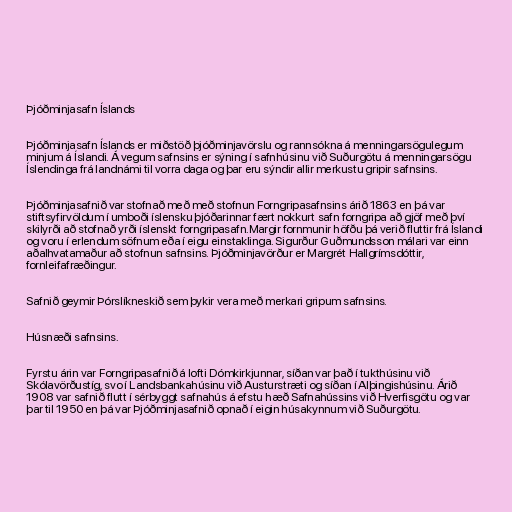
Þjóðminjasafn Íslands

Þjóðminjasafn Íslands er miðstöð þjóðminjavörslu og rannsókna á menningarsögulegum
minjum á Íslandi. Á vegum safnsins er sýning í safnhúsinu við Suðurgötu á menningarsögu
Íslendinga frá landnámi til vorra daga og þar eru sýndir allir merkustu gripir safnsins.

Þjóðminjasafnið var stofnað með með stofnun Forngripasafnsins árið 1863 en þá var
stiftsyfirvöldum í umboði íslensku þjóðarinnar fært nokkurt safn forngripa að gjöf með því
skilyrði að stofnað yrði íslenskt forngripasafn.Margir fornmunir höfðu þá verið fluttir frá Íslandi
og voru í erlendum söfnum eða í eigu einstaklinga. Sigurður Guðmundsson málari var einn
aðalhvatamaður að stofnun safnsins. Þjóðminjavörður er Margrét Hallgrímsdóttir,
fornleifafræðingur.

Safnið geymir Þórslíkneskið sem þykir vera með merkari gripum safnsins.

Húsnæði safnsins.

Fyrstu árin var Forngripasafnið á lofti Dómkirkjunnar, síðan var það í tukthúsinu við
Skólavörðustíg, svo í Landsbankahúsinu við Austurstræti og síðan í Alþingishúsinu. Árið
1908 var safnið flutt í sérbyggt safnahús á efstu hæð Safnahússins við Hverfisgötu og var
þar til 1950 en þá var Þjóðminjasafnið opnað í eigin húsakynnum við Suðurgötu.